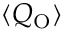
\langle Q _ { \mathrm { O } } \rangle